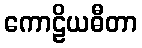
ကောဠိယဓီတာ